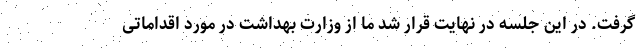
گرفت. در این جلسه در نهایت قرار شد ما از وزارت بهداشت در مورد اقداماتی